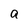
Character: g